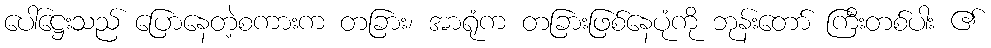
ပေါ်ဋ္ဌေးသည် ပြောနေတဲ့စကားက တခြား၊ အာရုံက တခြားဖြစ်နေပုံကို ဘုန်းတော် ကြီးတစ်ပါး ၏